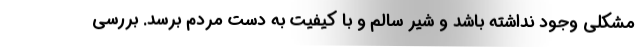
مشکلی وجود نداشته باشد و شیر سالم و با کیفیت به دست مردم برسد. بررسی